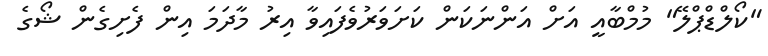
"ކޯލްޑްޕްލޭ" މުމްބާއީ އަށް އަންނަކަން ކަށަވަރުވެފައިވާ އިރު މާދަމަ އިން ފެށިގެން ޝޯގެ